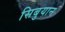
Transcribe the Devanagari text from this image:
सिबुयान